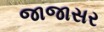
જાજાસર